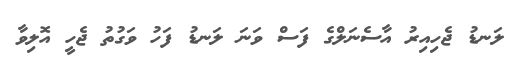
ލަނޑު ޖެހިއިރު އާސެނަލްގެ ފަސް ވަނަ ލަނޑު ފަހު ވަގުތު ޖެހީ އޮލިވާ